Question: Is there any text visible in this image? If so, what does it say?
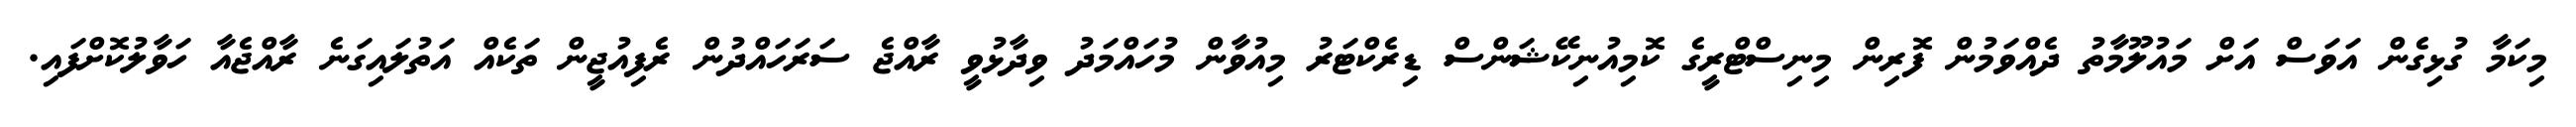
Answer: މިކަމާ ގުޅިގެން އަވަސް އަށް މައުލޫމާތު ދެއްވަމުން ފޮރިން މިނިސްޓްރީގެ ކޮމިއުނިކޭޝަންސް ޑިރެކްޓަރު މިއުވާން މުހައްމަދު ވިދާޅުވީ ރާއްޖެ ސަރަހައްދުން ރެފިއުޖީން ތަކެއް އަތުލައިގަނެ ރާއްޖެއާ ހަވާލުކޮށްފައި.